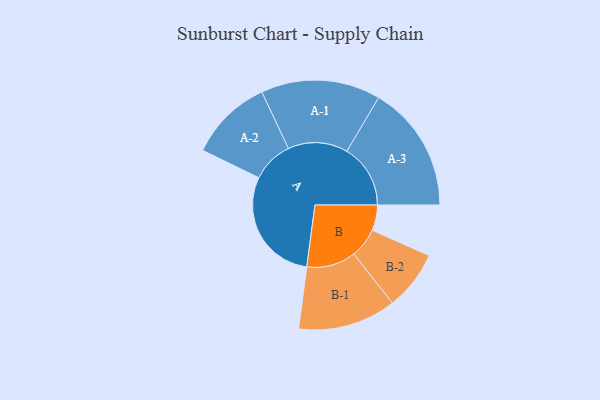
{"axis": {"x": "Segment", "y": "Value"}, "legend": ["", "A", "B"], "data": [{"x": "A", "y": 491, "type": ""}, {"x": "B", "y": 108, "type": ""}, {"x": "A-1", "y": 253, "type": "A"}, {"x": "A-2", "y": 176, "type": "A"}, {"x": "A-3", "y": 269, "type": "A"}, {"x": "B-1", "y": 208, "type": "B"}, {"x": "B-2", "y": 126, "type": "B"}]}